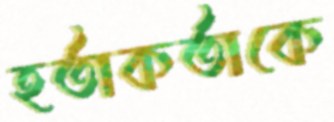
হর্তাকর্তাকে